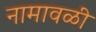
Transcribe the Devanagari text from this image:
नामावळी